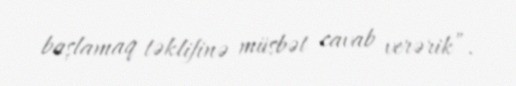
başlamaq təklifinə müsbət cavab verərik”.